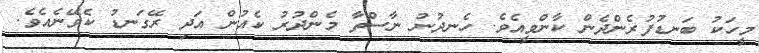
މީހަކު ބަނޑުފުރެންދެން ކާންވީއެވެ. ހެނދުނު ނާސްތާ މެންދުރު ކެއުން އަދި ރޭގަނޑު ކެވޭނެެއެވެ.